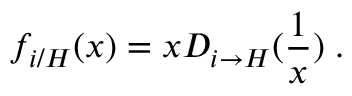
f _ { i / H } ( x ) = x D _ { i \to H } ( { \frac { 1 } { x } } ) \; .